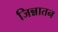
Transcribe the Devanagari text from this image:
जिन्नातन